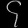
Digit: ၄